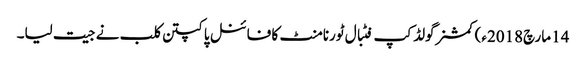
14 مارچ2018ء) کمشنرگولڈ کپ فٹبال ٹورنامنٹ کا فائنل پاکپتن کلب نے جیت لیا۔